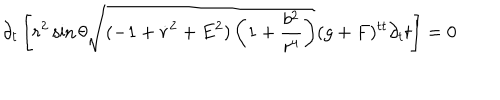
\partial _ { t } \left[ r ^ { 2 } \sin \theta \sqrt { ( - 1 + \dot { r } ^ { 2 } + E ^ { 2 } ) \left( 1 + \frac { b ^ { 2 } } { r ^ { 4 } } \right) } ( g + F ) ^ { t t } \partial _ { t } t \right] = 0